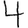
Digit: 4